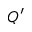
Q ^ { \prime }